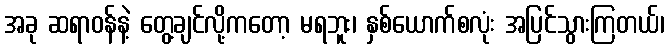
အခု ဆရာဝန်နဲ့ တွေ့ချင်လို့ကတော့ မရဘူး၊ နှစ်ယောက်စလုံး အပြင်သွားကြတယ်၊